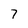
Character: 7